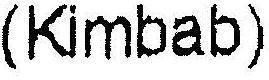
(KIMBAB)